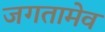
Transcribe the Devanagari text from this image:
जगतामेव